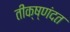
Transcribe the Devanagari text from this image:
तीक्ष्णंदत